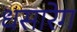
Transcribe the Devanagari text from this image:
धसारेग